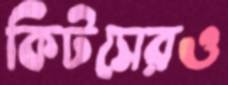
কিটসেরও